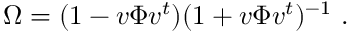
\Omega = ( 1 - v \Phi v ^ { t } ) ( 1 + v \Phi v ^ { t } ) ^ { - 1 } \ .